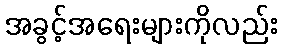
အခွင့်အရေးများကိုလည်း